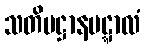
သတိပဋ္ဌာနမဋ္ဋာလံ